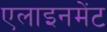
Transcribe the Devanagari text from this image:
एलाइनमेंट